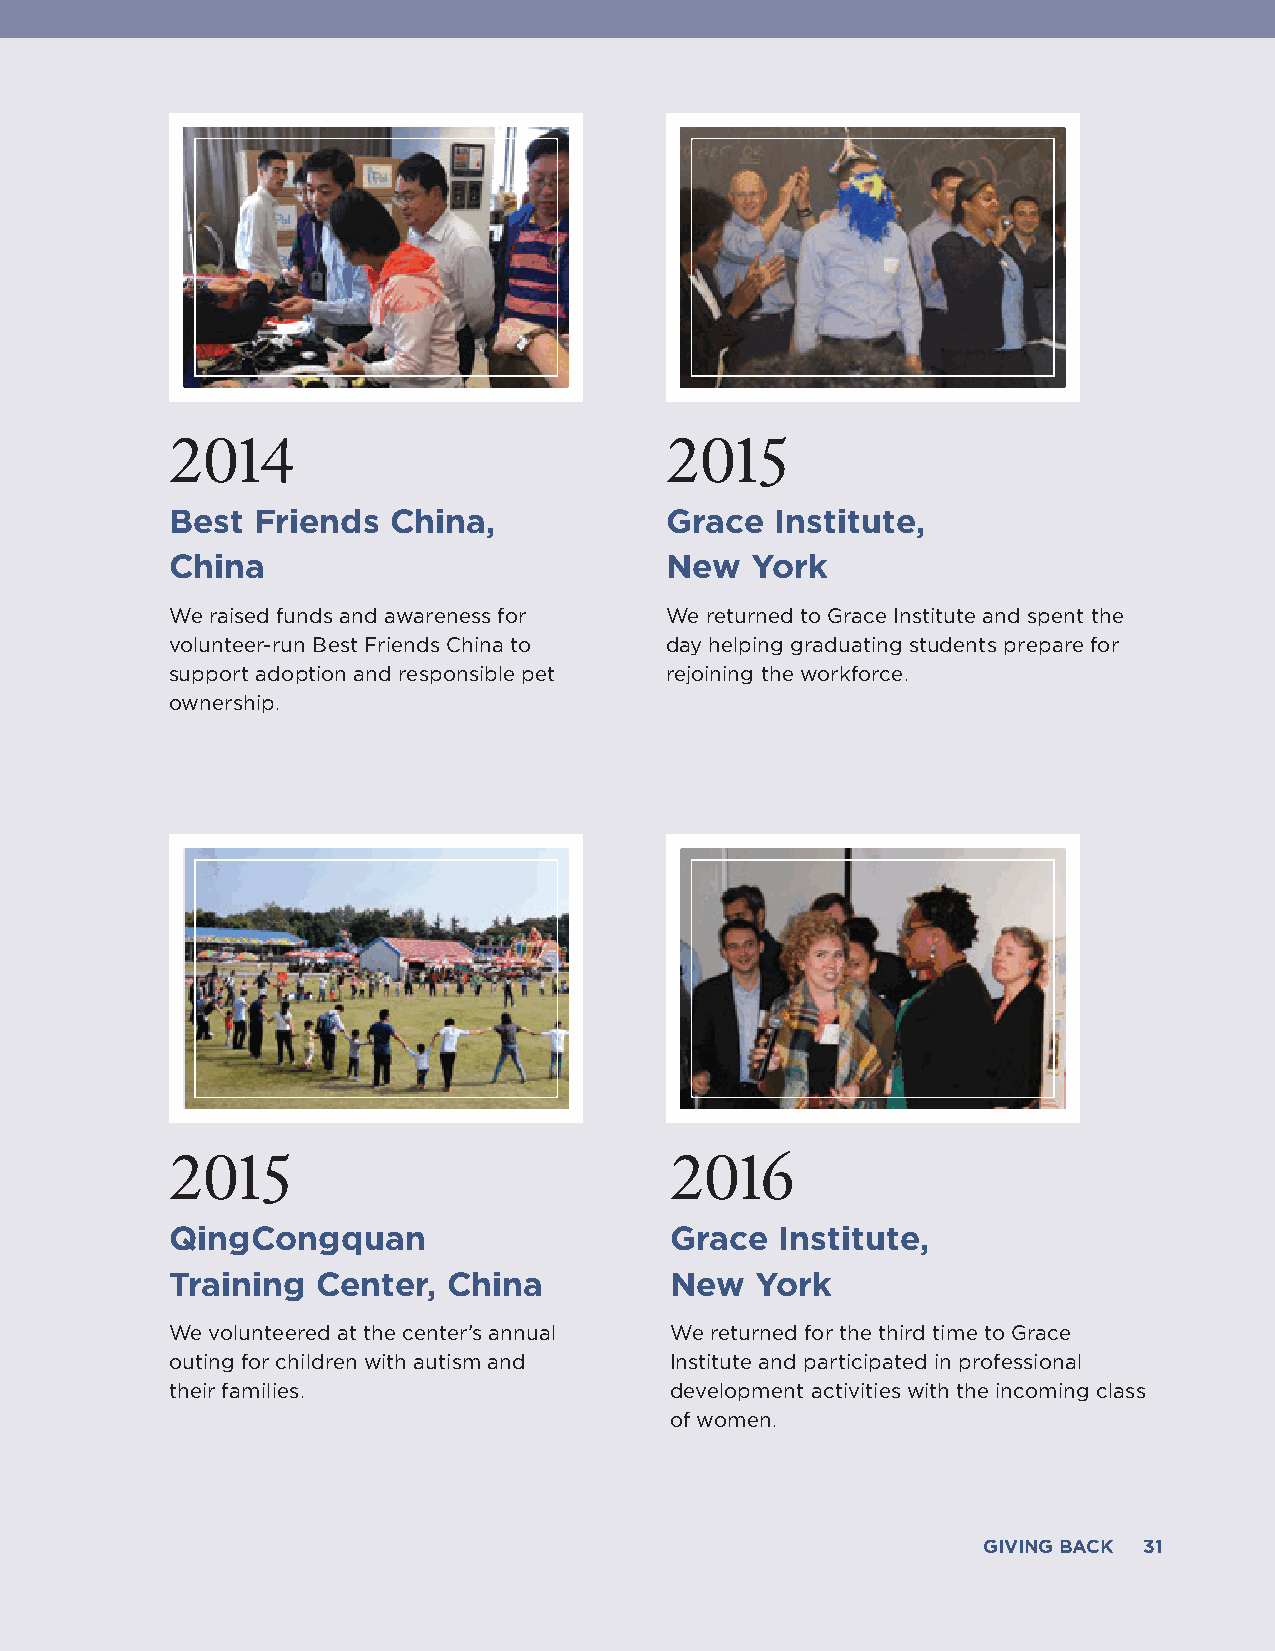
2014                             2015
 Best  Friends  China,            Grace  Institute,
 China                            New   York
 We raised funds and awareness for We returned to Grace Institute and spent the
 volunteer-run Best Friends China to day helping graduating students prepare for
 support adoption and responsible pet rejoining the workforce.
 ownership.
 2015                             2016
 QingCongquan                     Grace   Institute,
 Training  Center,  China         New   York
 We volunteered at the center’s annual We returned for the third time to Grace
 outing for children with autism and Institute and participated in professional
 their families.                  development activities with the incoming class
 of women.
 GIVING BACK 31